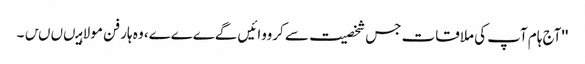
''آج ہام آپ کی ملاقات جس شخصیت سے کرووائیں گےےےے، وہ ہار فن مولا ہیںںںں۔